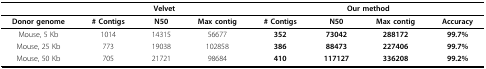
<table><thead><tr><td></td><td colspan="3"><b>Velvet</b></td><td colspan="4"><b>Our method</b></td></tr></thead><tbody><tr><td><b>Donor genome</b></td><td><b># Contigs</b></td><td><b>N50</b></td><td><b>Max contig</b></td><td><b># Contigs</b></td><td><b>N50</b></td><td><b>Max contig</b></td><td><b>Accuracy</b></td></tr><tr><td>Mouse, 5 Kb</td><td>1014</td><td>14315</td><td>56677</td><td><b>352</b></td><td><b>73042</b></td><td><b>288172</b></td><td><b>99.7%</b></td></tr><tr><td>Mouse, 25 Kb</td><td>773</td><td>19038</td><td>102858</td><td><b>386</b></td><td><b>88473</b></td><td><b>227406</b></td><td><b>99.7%</b></td></tr><tr><td>Mouse, 50 Kb</td><td>705</td><td>21721</td><td>98684</td><td><b>410</b></td><td><b>117127</b></td><td><b>336208</b></td><td><b>99.2%</b></td></tr></tbody></table>